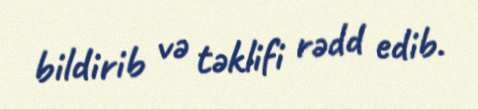
bildirib və təklifi rədd edib.